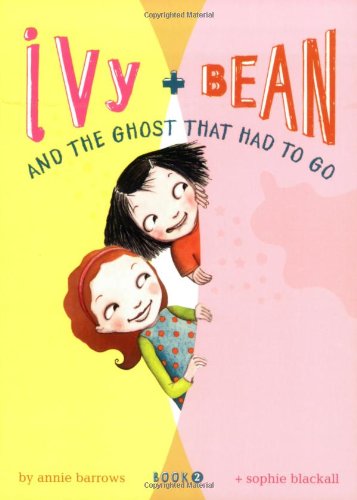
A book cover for Ivy and Bean and the Ghost that Had to Go (Ivy & Bean, Book 2) (Bk. 2); Annie Barrows; Children's Books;